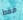
فقط